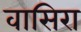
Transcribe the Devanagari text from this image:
वासिरा